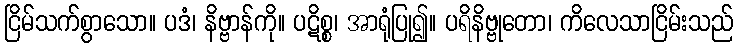
ငြိမ်သက်စွာသော။ ပဒံ၊ နိဗ္ဗာန်ကို။ ပဋိစ္စ၊ အာရုံပြု၍။ ပရိနိဗ္ဗုတော၊ ကိလေသာငြိမ်းသည်